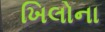
ખિલોના